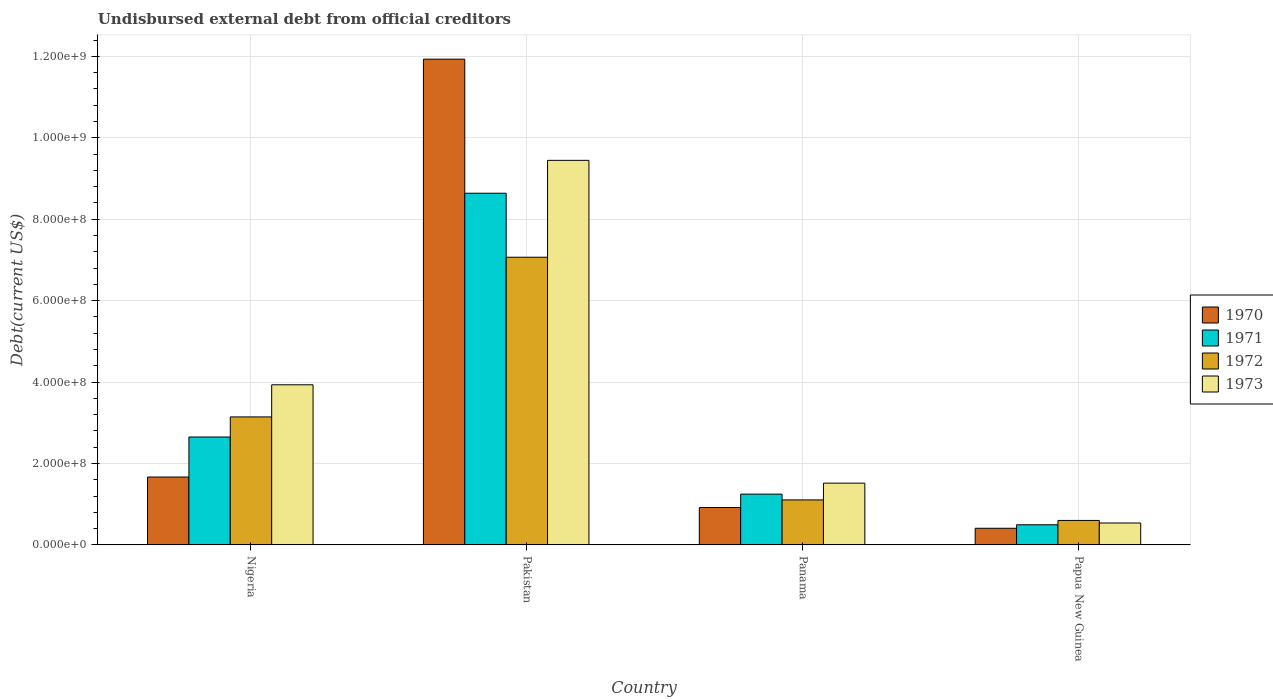
| Country | 1970 | 1971 | 1972 | 1973 |
 | --- | --- | --- | --- | --- |
 | Nigeria | 1.67e+08 | 2.65e+08 | 3.14e+08 | 3.93e+08 |
 | Pakistan | 1.19e+09 | 8.64e+08 | 7.07e+08 | 9.44e+08 |
 | Panama | 9.19e+07 | 1.25e+08 | 1.11e+08 | 1.52e+08 |
 | Papua New Guinea | 4.09e+07 | 4.95e+07 | 6.02e+07 | 5.39e+07 |